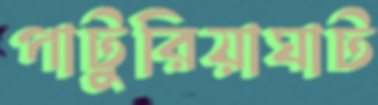
পাটুরিয়াঘাট